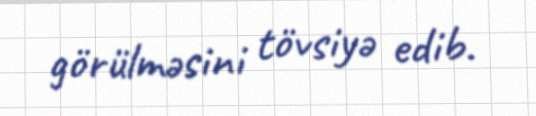
görülməsini tövsiyə edib.